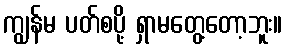
ကျွန်မ ပတ်စပို့ ရှာမတွေ့တော့ဘူး။